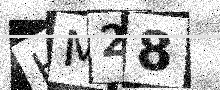
Text: HM28